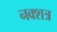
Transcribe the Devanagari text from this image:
नक्शत्र